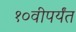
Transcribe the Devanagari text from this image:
१०वीपर्यंत